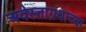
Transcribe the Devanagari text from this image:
अवेस्ताग्रंथाच्या